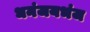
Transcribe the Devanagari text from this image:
धनंजयभंज